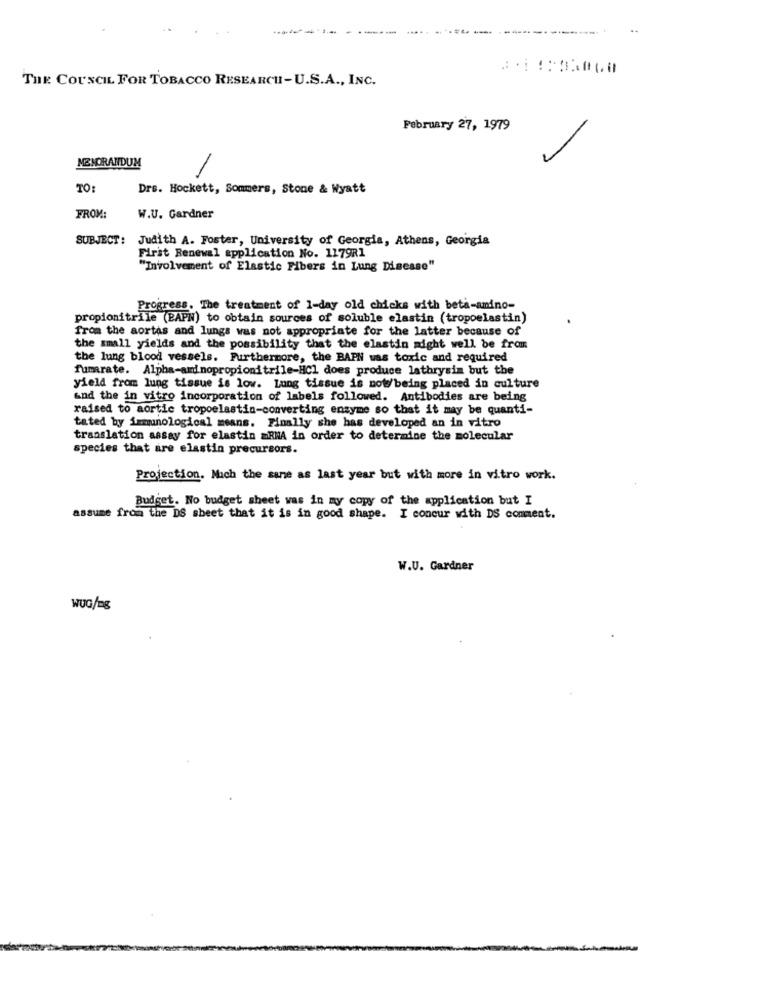
THE COUNCIL FOR TOBACCO RESEARCH- U.S.A ., INC.
February 27, 1979
MEMORANDUM
TO:
Drs. Hockett, Sommers, Stone & Wyatt
FROM:
W.U. Gardner
SUBJECT :
Judith A. Foster, University of Georgia, Athens, Georgia
First Renewal application No. 1179R1
"Involvement of Elastic Fibers in Lung Disease"
Progress. The treatment of 1-day old chicks with beta-amino-
propionitrile (BAPN) to obtain sources of soluble elastin (tropoelastin)
from the aortas and lungs was not appropriate for the latter because of
the small yields and the possibility that the elastin might well be from
the lung blood vessels. Furthermore, the BAPN was toxic and required
fumarate. Alpha-amd nopropionitrile-HCl does produce lathrysim but the
yield from lung tissue is low. Lung tissue is now being placed in culture
and the in vitro incorporation of labels followed. Antibodies are being
raised to aortic tropoelastin-converting enzyme so that it may be quanti-
tated by immunological means. Finally she has developed an in vitro
translation assay for elastin =RNA in order to determine the molecular
species that are elastin precursors.
Projection. Mach the same as last year but with more in vitro work.
Budget. No budget sheet was in my copy of the application but I
assume from the DS sheet that it is in good shape. I concur with DS comment.
W.U. Gardner
wUG/ng